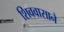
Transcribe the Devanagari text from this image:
शिववासाने